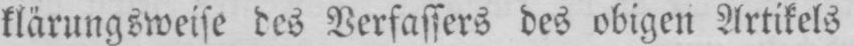
klärungsweise des Verfassers des obigen Artikels